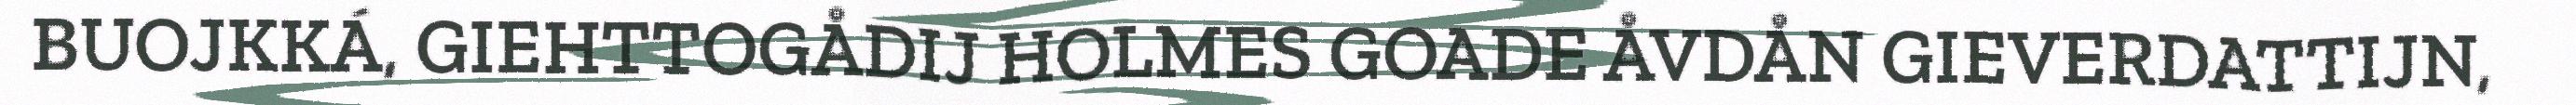
BUOJKKÁ, GIEHTTOGÅDIJ HOLMES GOADE ÅVDÅN GIEVERDATTIJN,